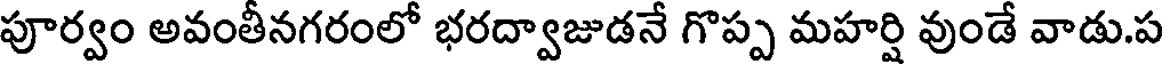
పూర్వం అవంతీనగరంలో భరద్వాజుడనే గొప్ప మహర్షి వుండే వాడు.ప